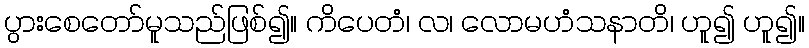
ပွားစေတော်မူသည်ဖြစ်၍။ ကိပေတံ၊ လ၊ လောမဟံသနာတိ၊ ဟူ၍ ဟူ၍။